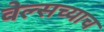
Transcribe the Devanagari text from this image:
वेल्सच्याच